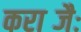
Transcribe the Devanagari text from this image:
कराब्जैः